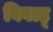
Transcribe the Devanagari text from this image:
विवाह्